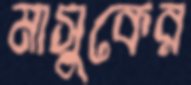
মাসুকের